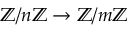
\mathbb { Z } / n \mathbb { Z } \to \mathbb { Z } / m \mathbb { Z }